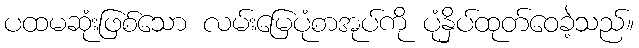
ပထမဆုံးဖြစ်သော လမ်းမြေပုံစာအုပ်ကို ပုံနှိပ်ထုတ်ဝေခဲ့သည်။